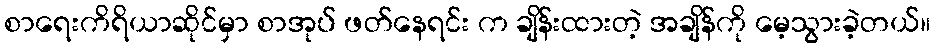
စာရေးကိရိယာဆိုင်မှာ စာအုပ် ဖတ်နေရင်း က ချိန်းထားတဲ့ အချိန်ကို မေ့သွားခဲ့တယ်။